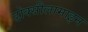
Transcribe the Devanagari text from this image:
डोक्सीलामाइन